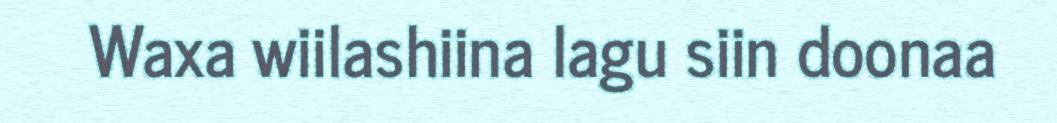
Waxa wiilashiina lagu siin doonaa